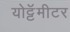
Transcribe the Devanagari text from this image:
योट्टॅमीटर